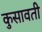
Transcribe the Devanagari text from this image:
कुसावती